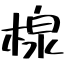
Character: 楾